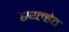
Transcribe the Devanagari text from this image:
स्य्ल्हेत